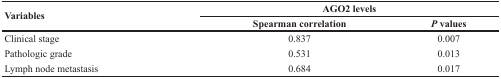
<table><thead><tr><td rowspan="2"><b>Variables</b></td><td colspan="2"><b>AGO2 levels</b></td></tr><tr><td><b>Spearman correlation</b></td><td><b><i>P</i> values</b></td></tr></thead><tbody><tr><td>Clinical stage</td><td>0.837</td><td>0.007</td></tr><tr><td>Pathologic grade</td><td>0.531</td><td>0.013</td></tr><tr><td>Lymph node metastasis</td><td>0.684</td><td>0.017</td></tr></tbody></table>